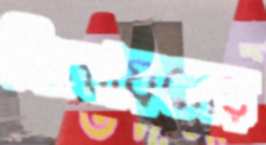
নিঃস্বায়নের